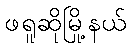
ဖရူဆိုမြို့နယ်